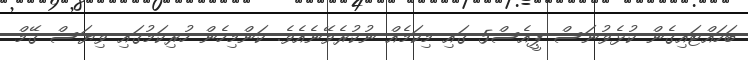
ބަހައްޓައިގެން ކުޅެވުނަސް ޕީއެސް5 ގައި މިކަމެއް ނުކުރެވޭނެއެވެ. ކަންމިހެން ހުރިކަމުގައި ވިޔަސް ގޭމް